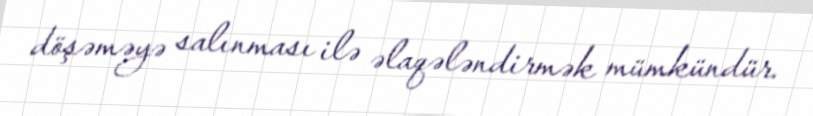
döşəməyə salınması ilə əlaqələndirmək mümkündür.